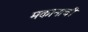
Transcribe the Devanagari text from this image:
मकानाची